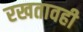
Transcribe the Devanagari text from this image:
रखतावही